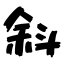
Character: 斜